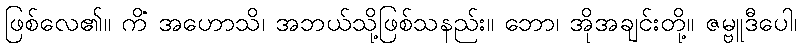
ဖြစ်လေ၏။ ကိံ အဟောသိ၊ အဘယ်သို့ဖြစ်သနည်း။ ဘော၊ အိုအချင်းတို့။ ဇမ္ဗူဒီပေါ၊